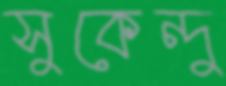
সুকেন্দু